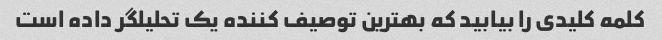
کلمه کلیدی را بیابید که بهترین توصیف کننده یک تحلیلگر داده است